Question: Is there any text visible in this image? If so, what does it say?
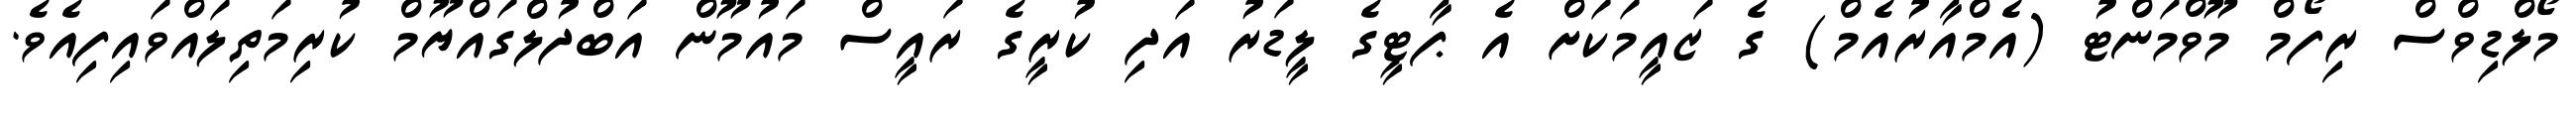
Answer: މޯލްޑިވްސް ރިފޯމް މޫވްމަންޓު (އެމްއާރުއެމް) ގެ ޒައީމަކަށް އެ ޕާޓީގެ ލީޑަރު އަދި ކުރީގެ ރައީސް މައުމޫން އަބްދުލްގައްޔޫމް ކުރިމަތިލައްވައިފިއެވެ.